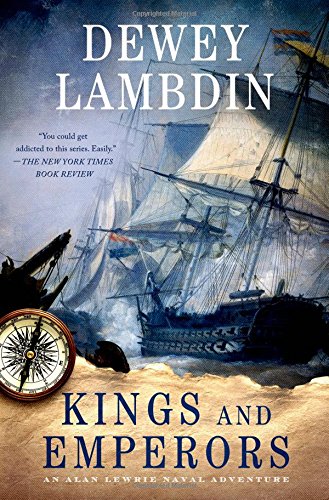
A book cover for Kings and Emperors: An Alan Lewrie Naval Adventure (Alan Lewrie Naval Adventures); Dewey Lambdin; Literature & Fiction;